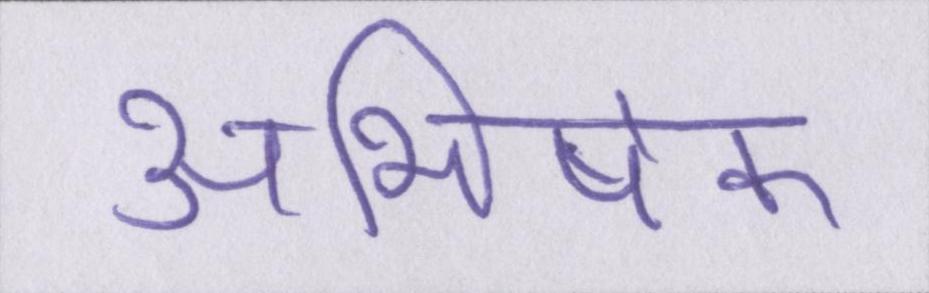
अभिषेक